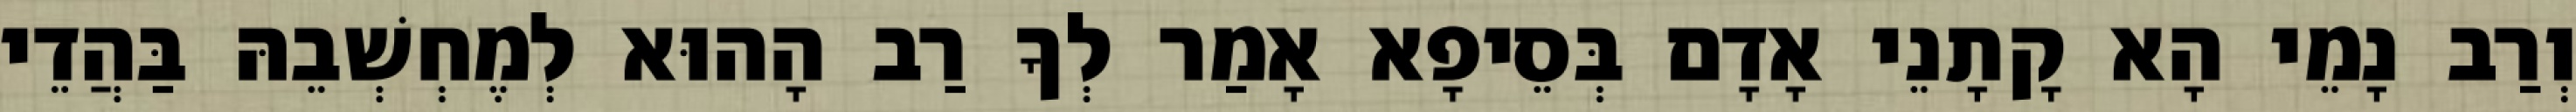
וְרַב נָמֵי הָא קָתָנֵי אָדָם בְּסֵיפָא אָמַר לְךָ רַב הָהוּא לְמֶחְשְׁבֵהּ בַּהֲדֵי